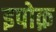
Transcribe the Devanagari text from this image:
इपोक़